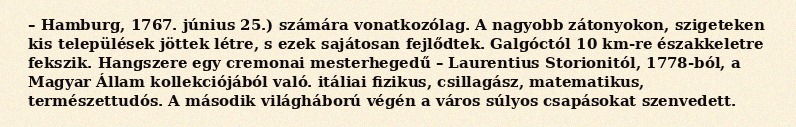
– Hamburg, 1767. június 25.) számára vonatkozólag. A nagyobb zátonyokon, szigeteken kis települések jöttek létre, s ezek sajátosan fejlődtek. Galgóctól 10 km-re északkeletre fekszik. Hangszere egy cremonai mesterhegedű – Laurentius Storionitól, 1778-ból, a Magyar Állam kollekciójából való. itáliai fizikus, csillagász, matematikus, természettudós. A második világháború végén a város súlyos csapásokat szenvedett.